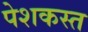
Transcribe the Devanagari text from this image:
पेशकस्त